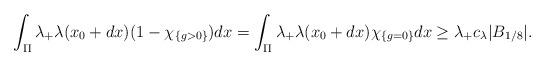
LaTeX: \begin{align*} \int_{\Pi} \lambda_{+}\lambda(x_0+dx)(1 -\chi_{\{g>0 \} })dx = \int_{\Pi} \lambda_{+}\lambda(x_0+dx) \chi_{\{g=0 \}}dx \ge \lambda_{+} c_\lambda |B_{1/8}|.\end{align*}